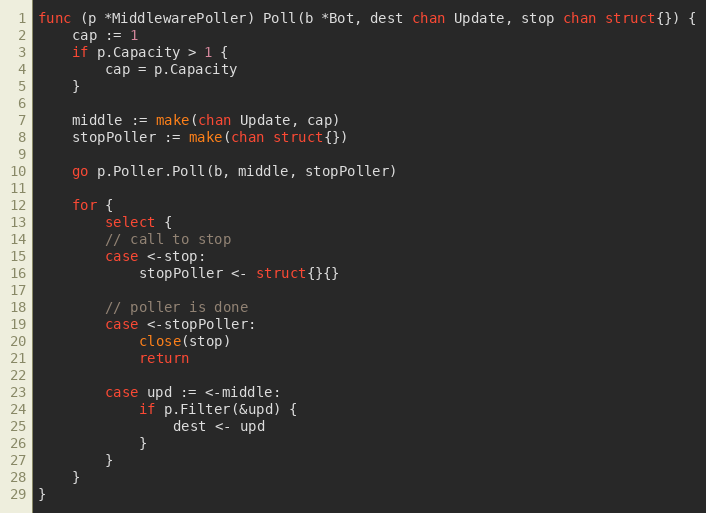
Language: Go
func (p *MiddlewarePoller) Poll(b *Bot, dest chan Update, stop chan struct{}) {
	cap := 1
	if p.Capacity > 1 {
		cap = p.Capacity
	}

	middle := make(chan Update, cap)
	stopPoller := make(chan struct{})

	go p.Poller.Poll(b, middle, stopPoller)

	for {
		select {
		// call to stop
		case <-stop:
			stopPoller <- struct{}{}

		// poller is done
		case <-stopPoller:
			close(stop)
			return

		case upd := <-middle:
			if p.Filter(&upd) {
				dest <- upd
			}
		}
	}
}